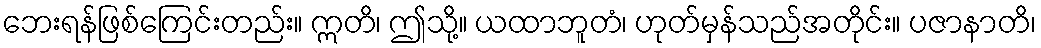
ဘေးရန်ဖြစ်ကြေင်းတည်း။ ဣတိ၊ ဤသို့။ ယထာဘူတံ၊ ဟုတ်မှန်သည်အတိုင်း။ ပဇာနာတိ၊